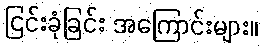
ငြင်းခုံခြင်း အကြောင်းများ။